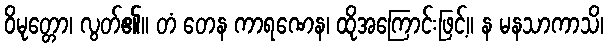
ဝိမုတ္တော၊ လွတ်၏။ တံ တေန ကာရဏေန၊ ထိုအကြောင်းဖြင့်။ န မနသာကာသိ၊